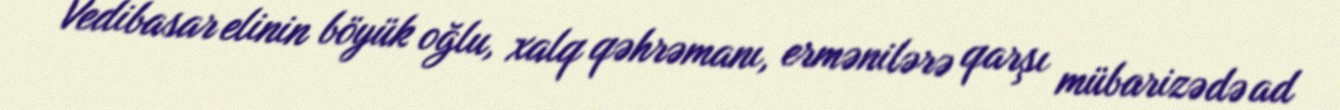
Vedibasar elinin böyük oğlu, xalq qəhrəmanı, ermənilərə qarşı mübarizədə ad